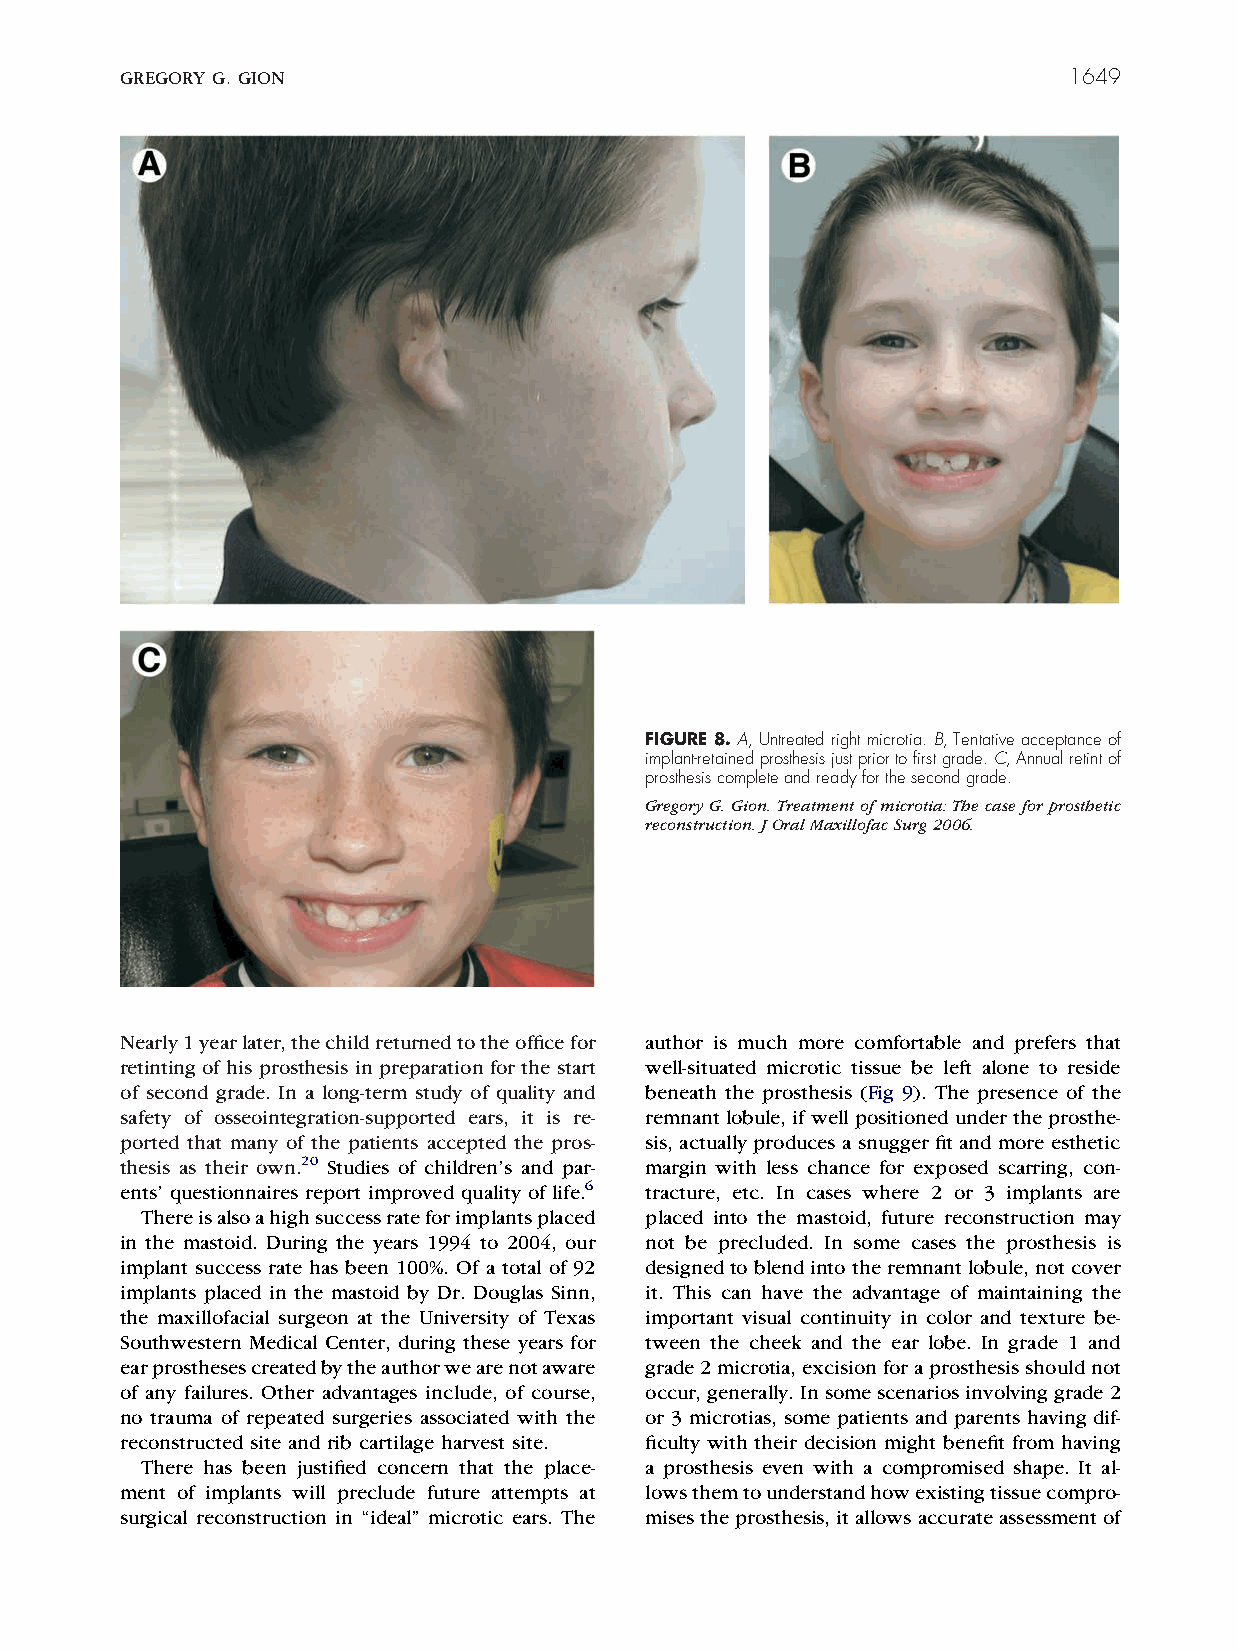
GREGORY G. GION                                                1649
 FIGURE8.A,Untreatedrightmicrotia.B,Tentativeacceptanceof
 implant-retainedprosthesisjustpriortofirstgrade.C,Annualretintof
 prosthesiscompleteandreadyforthesecondgrade.
 GregoryG.Gion.Treatmentofmicrotia:Thecaseforprosthetic
 reconstruction.JOralMaxillofacSurg2006.
 Nearly1yearlater,thechildreturnedtotheofficefor author is much more comfortable and prefers that
 retinting of his prosthesis in preparation for the start well-situated microtic tissue be left alone to reside
 of second grade. In a long-term study of quality and beneath the prosthesis (Fig 9). The presence of the
 safety of osseointegration-supported ears, it is re- remnantlobule,ifwellpositionedundertheprosthe-
 ported that many of the patients accepted the pros- sis, actually produces a snugger fit and more esthetic
 thesis as their own.20 Studies of children’s and par- margin with less chance for exposed scarring, con-
 ents’ questionnaires report improved quality of life.6 tracture, etc. In cases where 2 or 3 implants are
 Thereisalsoahighsuccessrateforimplantsplaced placed into the mastoid, future reconstruction may
 in the mastoid. During the years 1994 to 2004, our not be precluded. In some cases the prosthesis is
 implant success rate has been 100%. Of a total of 92 designedtoblendintotheremnantlobule,notcover
 implants placed in the mastoid by Dr. Douglas Sinn, it. This can have the advantage of maintaining the
 the maxillofacial surgeon at the University of Texas important visual continuity in color and texture be-
 Southwestern Medical Center, during these years for tween the cheek and the ear lobe. In grade 1 and
 earprosthesescreatedbytheauthorwearenotaware grade2microtia,excisionforaprosthesisshouldnot
 of any failures. Other advantages include, of course, occur,generally.Insomescenariosinvolvinggrade2
 no trauma of repeated surgeries associated with the or 3 microtias, some patients and parents having dif-
 reconstructed site and rib cartilage harvest site. ficulty with their decision might benefit from having
 There has been justified concern that the place- a prosthesis even with a compromised shape. It al-
 ment of implants will preclude future attempts at lowsthemtounderstandhowexistingtissuecompro-
 surgical reconstruction in “ideal” microtic ears. The misestheprosthesis,itallowsaccurateassessmentof